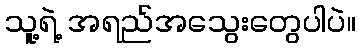
သူ့ရဲ့ အရည်အသွေးတွေပါပဲ။